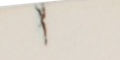
١